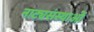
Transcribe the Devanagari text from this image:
नाट्यसंस्थाओं